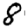
Digit: 8